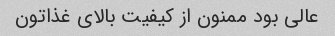
عالی بود ممنون از کیفیت بالای غذاتون